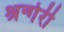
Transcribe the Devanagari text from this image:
श्रन्गेरी